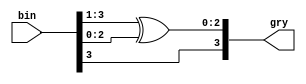
/*
 Parameterized Binary 2 Gray converter. 
*/ 

module bin2gry(/*AUTOARG*/
   // Outputs
   gry,
   // Inputs
   bin
   );

   parameter DW = 4; // Data Width

   input [DW-1:0]    bin; // Binary Input
   output [DW-1:0]   gry; // Gray Output
   
   assign gry = {bin[DW-1] , (bin[DW-1:1] ^ bin[DW-2:0]) };
		 
endmodule // bin2gry